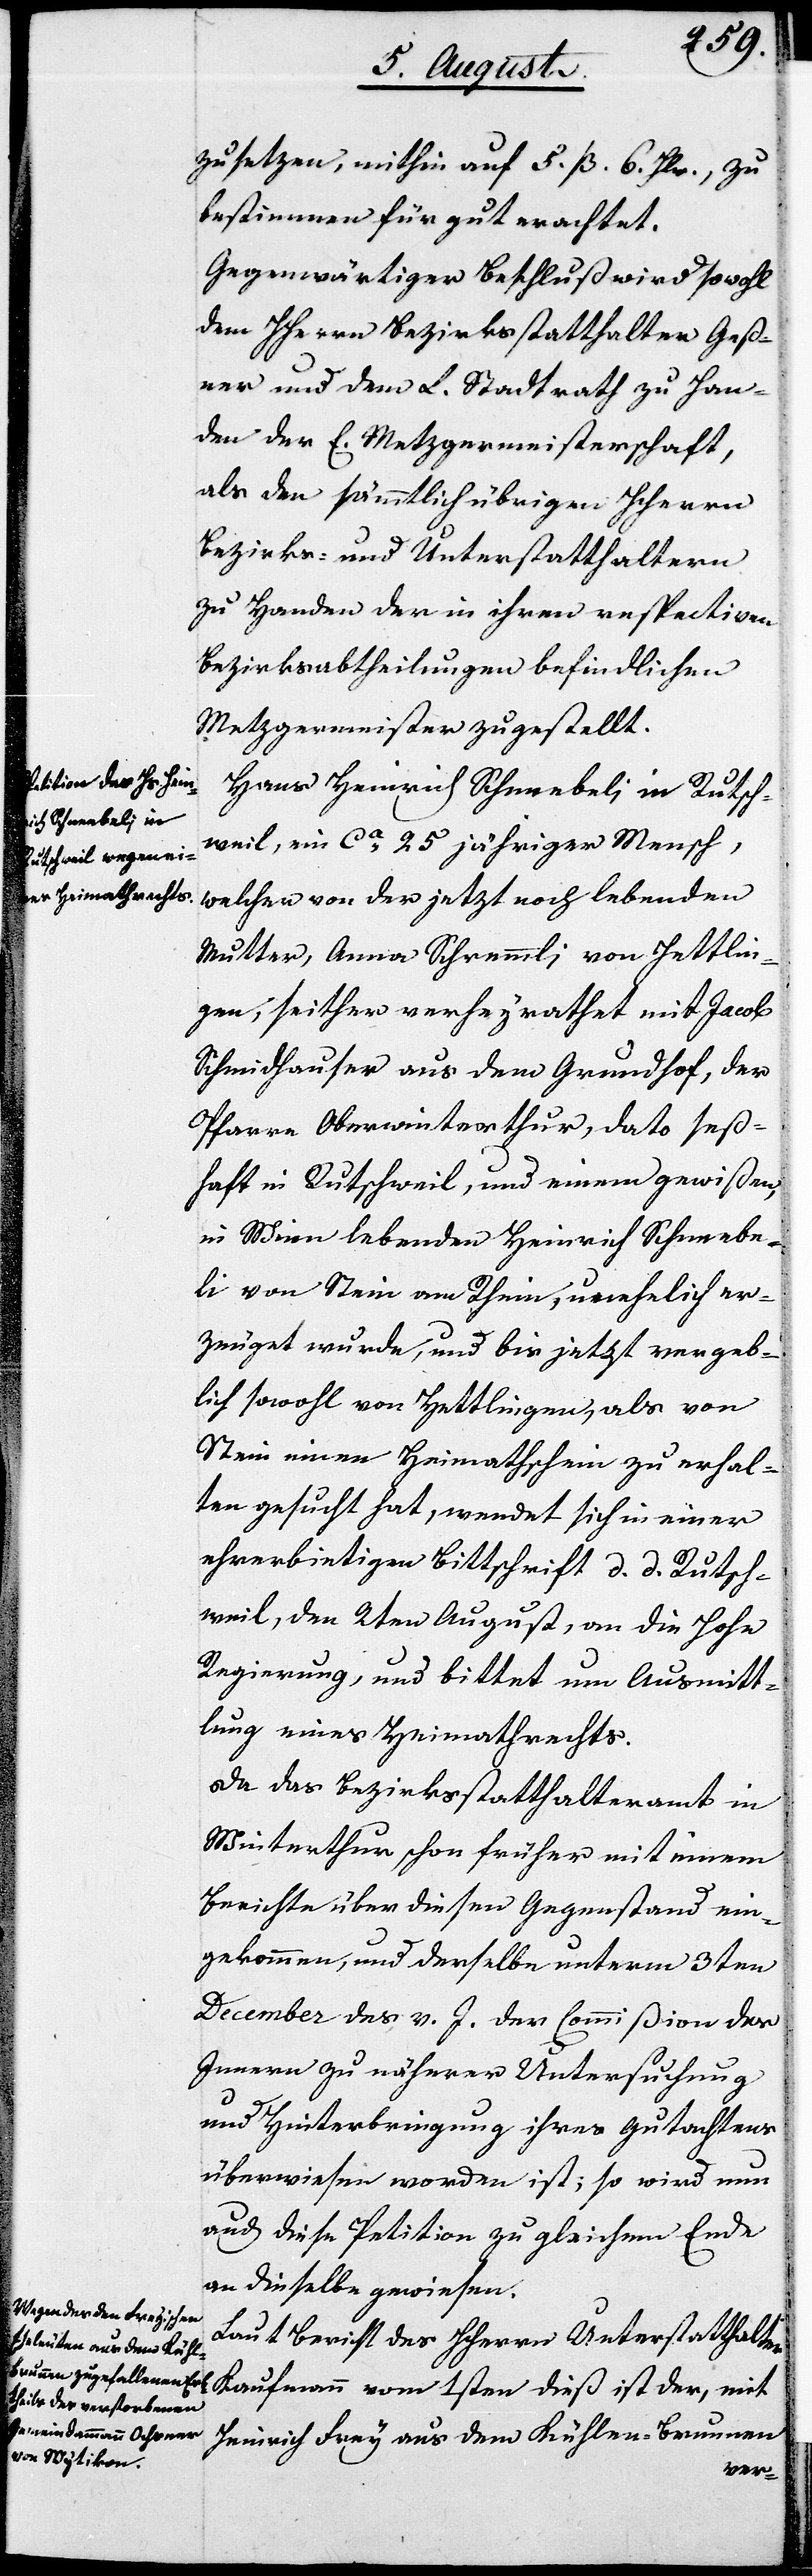
zusetzen, mithin auf 5 ß 6 Hlr., zu
bestimmen für gut erachtet.
Gegenwärtiger Beschluß wird sowohl
dem HHerrn Bezirksstatthalter Geß¬
ner und dem L. Stadtrath zu Han¬
den der E. Metzgermeisterschaft,
als den sämmtlichen übrigen HHerrn
Bezirks- und Unterstatthaltern
zu Handen der in ihren respectiven
Bezirksabtheilungen befindlichen
Metzgermeister zugestellt.
Hans Heinrich Schneebeli in Rutsch¬
weil, ein ca. 25 jähriger Mensch,
welcher von der jetzt noch lebenden
Mutter, Anna Schremmli von Hettlin¬
gen, seither verheyrathet mit Jacob
Schmidhauser aus dem Grundhof, der
Pfarre Oberwinterthur, dato seß¬
haft in Rutschweil, und einem gewißen,
in Wien lebenden Heinrich Schneebe¬
li von Stein am Rhein, unehelich er¬
zeuget wurde, und bis jetzt vergeb¬
lich sowohl von Hettlingen, als von
Rhein einen Heimathschein zu erhal¬
ten gesucht hat, wendet sich in einer
ehrerbietigen Bittschrift d. d. Rutsch¬
weil, den 2ten August, an die Hohe
Regierung, und bittet um Ausmitt¬
lung eines Heimathrechts.
Da das Bezirksstatthalteramt in
Winterthur schon früher mit einem
Bericht über diesen Gegenstand ein¬
gekommen, und derselbe unterm 3ten
December des v. J. der Commißion des
Innern zu näherer Untersuchung
und Hinterbringung ihres Gutachtens
überwiesen worden ist; so wird nun
auch diese Petition zu gleichem Ende
an dieselbe gewiesen.
Laut Bericht des HHerrn Unterstatthalters
Kaufmann vom 1sten dieß ist der, mit
Heinrich Frey aus dem Kühlen-Brunnen